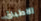
الاطباق